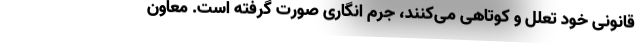
قانونی خود تعلل و کوتاهی می‌کنند، جرم انگاری صورت گرفته است. معاون